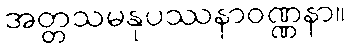
အတ္တသမနုပဿနာဝဏ္ဏနာ။